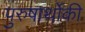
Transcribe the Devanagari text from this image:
पुरुषार्थोकी